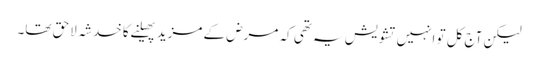
لیکن آج کل تو انہیں تشویش یہ تھی کہ مرض کے مزید پھیلنے کا خدشہ لاحق تھا۔